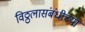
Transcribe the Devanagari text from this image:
विठ्ठलासंबंधीच्या